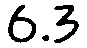
6.3